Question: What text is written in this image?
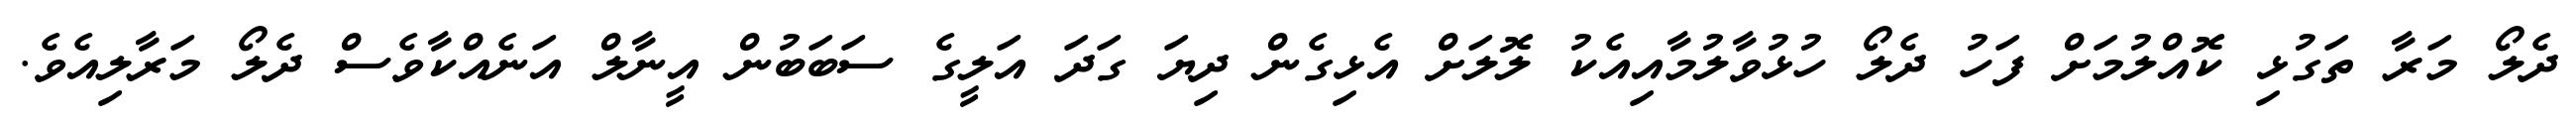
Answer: ދެލޯ މަރާ ތަގުޅި ކޮއްލުމަށް ފަހު ދެލޯ ހުޅުވާލުމާއިއެކު ލޮލަށް އެޅިގެން ދިޔަ ގަދަ އަލީގެ ސަބަބުން އީނާލް އަނެއްކާވެސް ދެލޯ މަރާލިއެވެ.